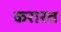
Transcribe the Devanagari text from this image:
करारत